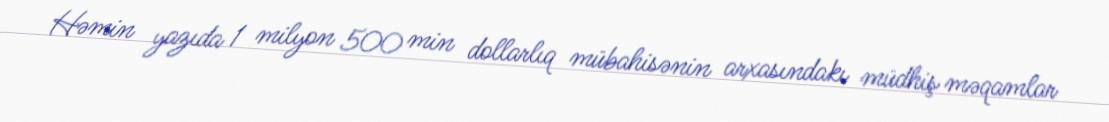
Həmin yazıda 1 milyon 500 min dollarlıq mübahisənin arxasındakı müdhiş məqamlar